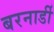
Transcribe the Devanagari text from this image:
बरनार्डी